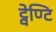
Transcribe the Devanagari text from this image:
ट्वेण्टि